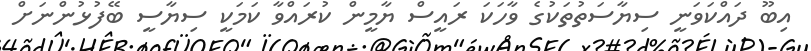
އިބޫ ދައްކަވަނީ ސިޔާސަތުތަކުގެ ވާހަކަ ރައީސް ޔާމީން ކުރައްވާ ކަމަކީ ސިޔާސީ ބޭފުޅުންނަށް